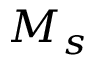
M _ { s }